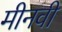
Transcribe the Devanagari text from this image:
मीनवी